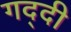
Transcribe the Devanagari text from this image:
गद्‍दी